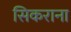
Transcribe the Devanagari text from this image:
सिकराना